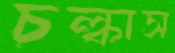
চল্‌কাস